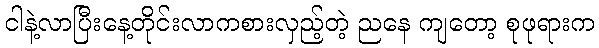
ငါနဲ့လာပြီးနေ့တိုင်းလာကစားလှည့်တဲ့ ညနေ ကျတော့ စုဖုရားက